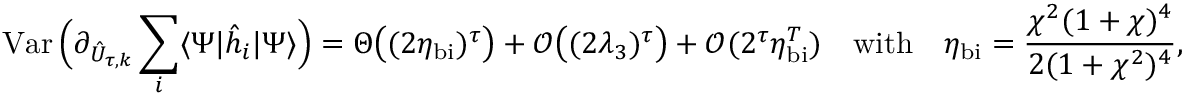
\operatorname { V a r } \Big ( \partial _ { \hat { U } _ { \tau , k } } \sum _ { i } \langle \Psi | \hat { h } _ { i } | \Psi \rangle \Big ) = \Theta \big ( ( 2 \eta _ { \mathrm { b i } } ) ^ { \tau } \big ) + \mathcal { O } \big ( ( 2 \lambda _ { 3 } ) ^ { \tau } \big ) + \mathcal { O } ( 2 ^ { \tau } \eta _ { \mathrm { b i } } ^ { T } ) \quad \mathrm { w i t h } \quad \eta _ { \mathrm { b i } } = \frac { \chi ^ { 2 } ( 1 + \chi ) ^ { 4 } } { 2 ( 1 + \chi ^ { 2 } ) ^ { 4 } } ,